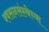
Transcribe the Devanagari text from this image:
श्वसनसंस्थेच्या